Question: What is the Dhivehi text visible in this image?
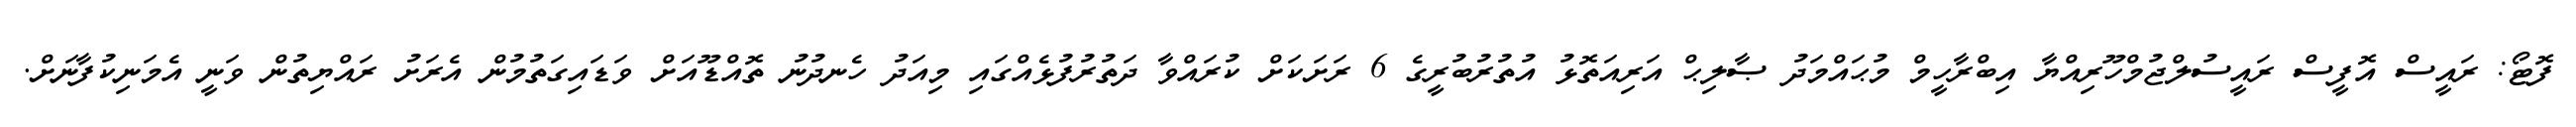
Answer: ފޮޓޯ: ރައީސް އޮފީސް ރައީސުލްޖުމްހޫރިއްޔާ އިބްރާހީމް މުޙައްމަދު ޞާލިޙް އަރިއަތޮޅު އުތުރުބުރީގެ 6 ރަށަކަށް ކުރައްވާ ދަތުރުފުޅެއްގައި މިއަދު ހެނދުނު ތޮއްޑޫއަށް ވަޑައިގަތުމުން އެރަށު ރައްޔިތުން ވަނީ އެމަނިކުފާނަށް.